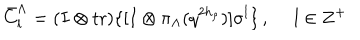
LaTeX: \bar { C } _ { l } ^ { \Lambda } = ( I \otimes \mathrm { t r } ) \{ [ I \otimes \pi _ { \Lambda } ( q ^ { 2 h _ { \rho } } ) ] \sigma ^ { l } \} \, , ~ ~ l \in { \bf Z } ^ { + }